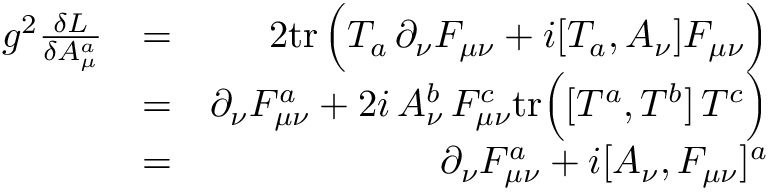
\begin{array} { r l r } { g ^ { 2 } { \frac { \delta { \cal L } } { \delta A _ { \mu } ^ { a } } } } & { = } & { { 2 } \mathrm { t r } \, \Big ( T _ { a } \, \partial _ { \nu } F _ { \mu \nu } + i [ T _ { a } , A _ { \nu } ] F _ { \mu \nu } \Big ) } \\ & { = } & { \partial _ { \nu } F _ { \mu \nu } ^ { a } + { 2 i } \, A _ { \nu } ^ { b } \, F _ { \mu \nu } ^ { c } \mathrm { t r } \Big ( [ T ^ { a } , T ^ { b } ] \, T ^ { c } \Big ) } \\ & { = } & { \partial _ { \nu } F _ { \mu \nu } ^ { a } + i [ A _ { \nu } , F _ { \mu \nu } ] ^ { a } } \end{array}